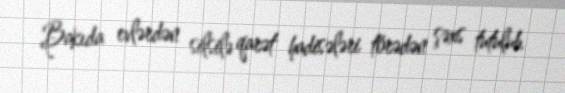
Bakıda evlərdən silsilə qarət hadisələri törədən şəxs tutulub.